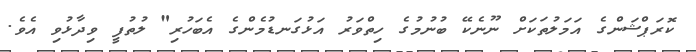
ކޮރަޕްޝަންގެ އަމަލުތަކަށް ނޫނެކޭ ބުނުމުގެ ހިތްވަރު އަޅުގަނޑުމެންގެ އެބަހުރި" ލުތުފީ ވިދާޅުވި އެވެ.